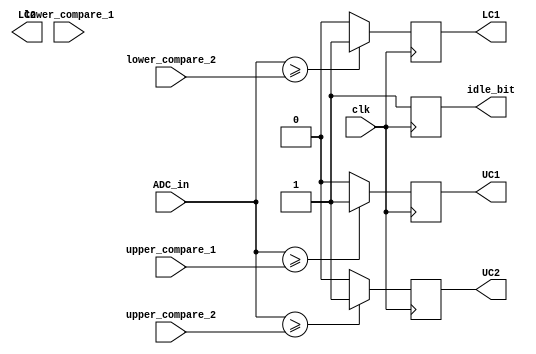
`timescale 1ns / 1ps
//////////////////////////////////////////////////////////////////////////////////
// Company: 
// Engineer: 
// 
// Design Name: 
// Module Name: Compare_Module
// Project Name: 
// Target Devices: 
// Tool Versions: 
// Description: 
// 
// Dependencies: 
// 
// Revision:
// Revision 0.01 - File Created
// Additional Comments:
// 
//////////////////////////////////////////////////////////////////////////////////


module Compare_module(
    input [15:0] ADC_in, // assume 12-bit ADC is used but 16-bit input is used for placeholder
    input [15:0] upper_compare_1, // 16-bit signed offset
    input [15:0] upper_compare_2, // 16-bit signed offset
    
    input [15:0] lower_compare_1, // 16-bit signed offset
    input [15:0] lower_compare_2, // 16-bit signed offset
    input clk,
    
    output UC1,
    output UC2,
    output LC1,
    output LC2,
    
    output idle_bit
    );
    
reg uc1, uc2, lc1, lc2;
assign UC1 = uc1;
assign UC2 = uc2;
assign LC1 = lc1;
assign LC2 = lc2;

reg idle;
assign idle_bit = idle;

always @ (posedge clk)
begin
    idle = 0;
    
    uc1 = (ADC_in >= upper_compare_1)? 1 : 0;
    uc2 = (ADC_in >= upper_compare_2)? 1 : 0;
    lc1 = (ADC_in >= lower_compare_1)? 1 : 0;
    lc1 = (ADC_in >= lower_compare_2)? 1 : 0;
    
    idle = 1;
end
endmodule